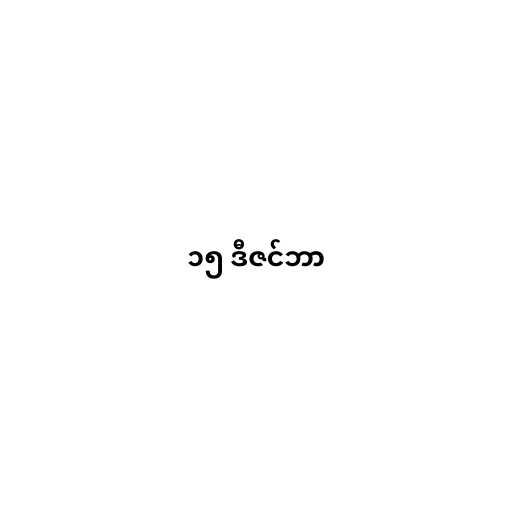
၁၅ ဒီဇင်ဘာ